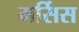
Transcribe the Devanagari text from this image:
मर्सिस